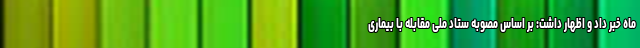
ماه خبر داد و اظهار داشت: بر اساس مصوبه ستاد ملی مقابله با بیماری